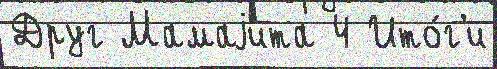
Друг Мамаjита 4 Ито́г'и